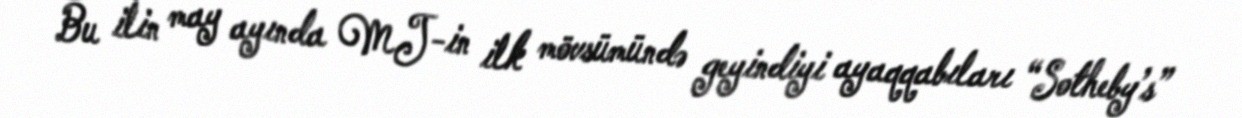
Bu ilin may ayında MJ-in ilk mövsümündə geyindiyi ayaqqabıları “Sotheby’s”